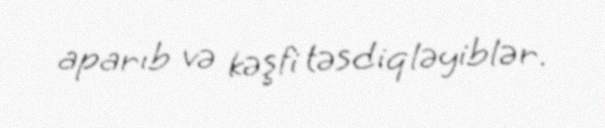
aparıb və kəşfi təsdiqləyiblər.